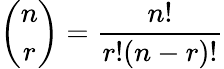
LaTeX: {\binom{n}{r}}={\frac{n!}{r!(n-r)!}}